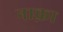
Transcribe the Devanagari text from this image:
नाक़ा